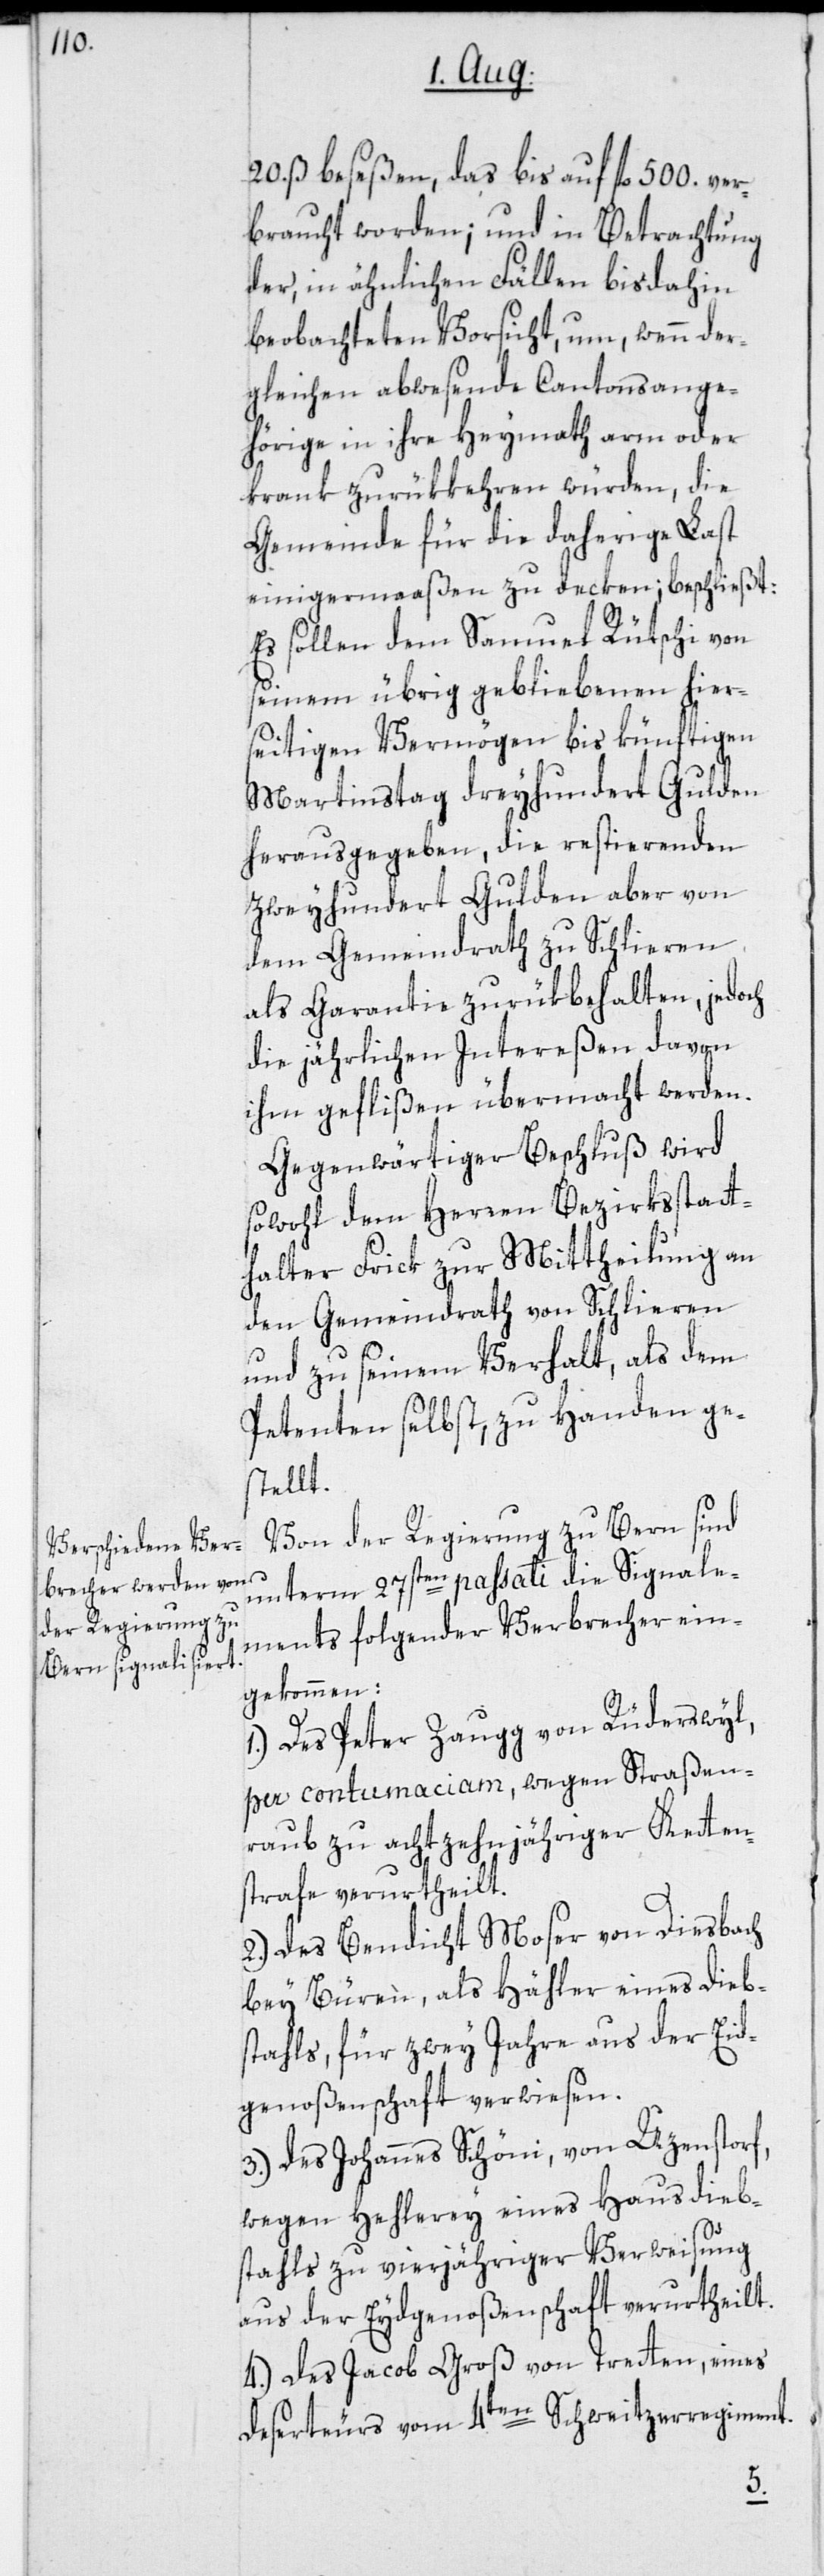
20. ß beseßen, das bis auf fl. 500. ver¬
braucht worden; und in Betrachtung
der, in ähnlichen Fällen bisdahin
beobachteten Vorsicht, um, wenn der¬
gleichen abwesende Cantonsange¬
hörige in ihre Heymath arm oder
krank zurükkehren würden, die
Gemeinde für die daherige Last
einigermaaßen zu decken; beschließt:
Es sollen dem Samuel Rütschi von
seinem übrig gebliebenen hier¬
seitigen Vermögen bis künftigen
Martinstag dreyhundert Gulden
herausgegeben, die restierenden
zweyhundert Gulden aber von
dem Gemeindrath zu Schlieren
als Garantie zurükbehalten, jedoch
die jährlichen Intereßen davon
ihm geflißen übermacht werden.
Gegenwärtiger Beschluß wird
sowohl dem Herren Bezirksstatt¬
halter Frick zur Mittheilung an
den Gemeindrath von Schlieren
und zu seinem Verhalt, als dem
Petenten selbst, zu Handen ge¬
stellt.
Von der Regierung zu Bern sind
unterm 27sten passati die Signale¬
ments folgender Verbrecher ein¬
gekommen:
1.) Des Peter Zaugg von Rüderswyl,
per contumaciam, wegen Straßen¬
raub zu achtzehnjähriger Ketten¬
strafe verurtheilt.
2.) Des Bendicht Moser von Diesbach
bey Büren, als Hähler eines Dieb¬
stahls, für zwey Jahre aus der Eid¬
genoßenschaft verwiesen.
3.) Des Johannes Schöni, von Uzenstorf,
wegen Hehlerey eines Hausdieb¬
stahls zu vierjähriger Verweisung
aus der Eydgenoßenschaft verurtheilt.
4.) Des Jacob Groß von Tretten, eines
Deserteurs vom 4ten Schweitzerregiment.